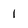
Character: 1